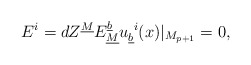
\begin{align*}E^i=dZ^{\underline M}E_{\underline M}^{\underline b}u_{\underline b}^{~i}(x)\vert_{M_{p+1}}=0,\end{align*}